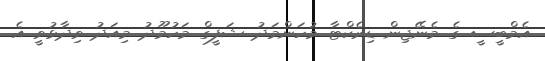
އެމްބީސީ ގެ މެނޭޖިން ޑިރެކްޓާ މުހަންމަދު ޝަފީގް މަހުމޫދު މިއަދު ވިދާޅުވީ އެ